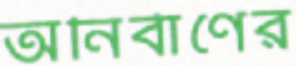
অনির্বাণের